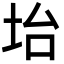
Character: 坮